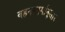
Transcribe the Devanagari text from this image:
वहनमार्गानुसार